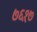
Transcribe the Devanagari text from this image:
७६१७